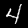
Label: 4